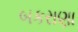
બકરાણા